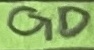
Text: GD